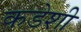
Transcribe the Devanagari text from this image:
कडेशी